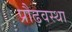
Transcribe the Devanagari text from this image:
प्रौढ़वस्था